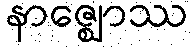
နာဇ္ဈောဿ